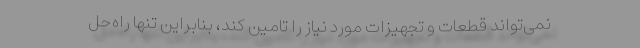
نمی‌تواند قطعات و تجهیزات مورد نیاز را تامین کند، بنابراین تنها راه‌حل